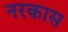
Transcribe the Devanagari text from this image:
नरकास